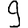
Digit: 9